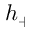
h _ { + }